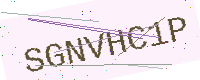
Text: SGNVHC1P